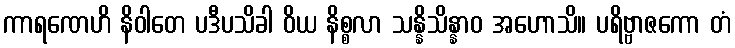
ကာရဏေဟိ နိဝါတေ ပဒီပသိခါ ဝိယ နိစ္စလာ သန္နိသိန္နာဝ အဟောသိ။ ပရိဗ္ဗာဇကော တံ